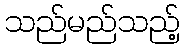
သည်မည်သည့်